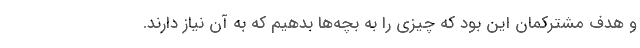
و هدف مشترکمان این بود که چیزی را به بچه‌ها بدهیم که به آن نیاز دارند.